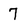
Character: 7